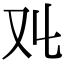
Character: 𠬜